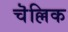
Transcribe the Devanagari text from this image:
चॆल्लिक